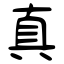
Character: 真